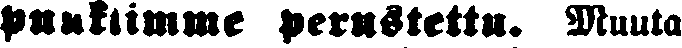
puutumme perustettu. Muuta